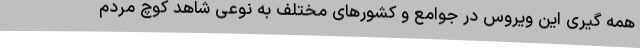
همه گیری این ویروس در جوامع و کشورهای مختلف به نوعی شاهد کوچ مردم